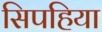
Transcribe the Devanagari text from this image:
सिपहिया